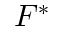
F ^ { * }